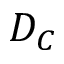
D _ { C }